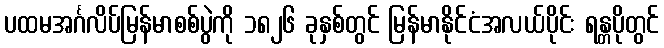
ပထမအင်္ဂလိပ်မြန်မာစစ်ပွဲကို ၁၈၂၆ ခုနှစ်တွင် မြန်မာနိုင်ငံအလယ်ပိုင်း ရန္တပိုတွင်